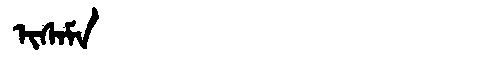
Manchu: ᡳᠰᠠᠮᠠ
Romanization: ISAMA